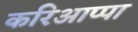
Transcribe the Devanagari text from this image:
करिआप्पा